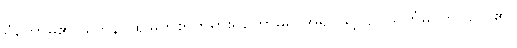
ရှိတော်မူ၏။ တေန၊ ထိုမြတ်စွာဘုရားရှိတော်မူရာအရပ်သို့။ ဥပသင်္ကမိ၊ ကပ်လေ၏။